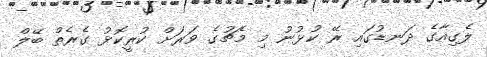
ލެގިއާގެ ދަނޑުގައި ރޭ ކުޅުނު މި މެޗުގެ ވަރަށް ކުރީކޮޅު ގެރެތް ބޭލް